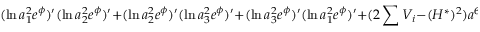
( \ln a _ { 1 } ^ { 2 } e ^ { \phi } ) ^ { \prime } ( \ln a _ { 2 } ^ { 2 } e ^ { \phi } ) ^ { \prime } + ( \ln a _ { 2 } ^ { 2 } e ^ { \phi } ) ^ { \prime } ( \ln a _ { 3 } ^ { 2 } e ^ { \phi } ) ^ { \prime } + ( \ln a _ { 3 } ^ { 2 } e ^ { \phi } ) ^ { \prime } ( \ln a _ { 1 } ^ { 2 } e ^ { \phi } ) ^ { \prime } + ( 2 \sum V _ { i } - ( H ^ { \ast } ) ^ { 2 } ) a ^ { 6 } e ^ { 2 \phi } = \phi ^ { \prime 2 } ,